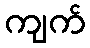
ကျက်